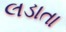
લડાતા